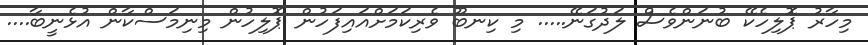
މިހާރު ޕޮލިހެކޭ ބުނަންވެސް ލަދުގަނޭ..... މި ކިނބޫ ވެރިކަމަށްއައިފަހުން ޕޮލިހުން މިނިމަސްކާން އުޅެނީބާ....